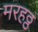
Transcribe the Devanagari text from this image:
मरहठ्ठ